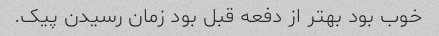
خوب بود بهتر از دفعه قبل بود زمان رسیدن پیک.